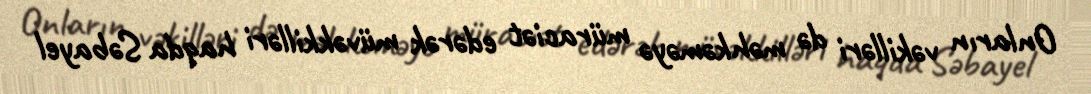
Onların vəkilləri də məhkəməyə müraciət edərək müvəkkilləri haqda Səbayel